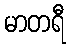
မာတရီ